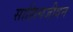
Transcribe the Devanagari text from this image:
साहित्यजीवन